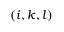
( i , k , l )